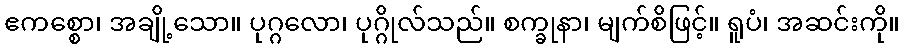
ဧကစ္စော၊ အချို့သော။ ပုဂ္ဂလော၊ ပုဂ္ဂိုလ်သည်။ စက္ခုနာ၊ မျက်စိဖြင့်။ ရူပံ၊ အဆင်းကို။